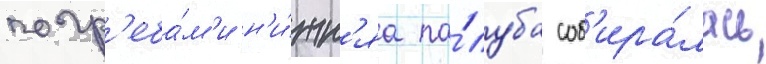
погр'еба́м'и н'и́жн'яа па́луба соб'ира́лась